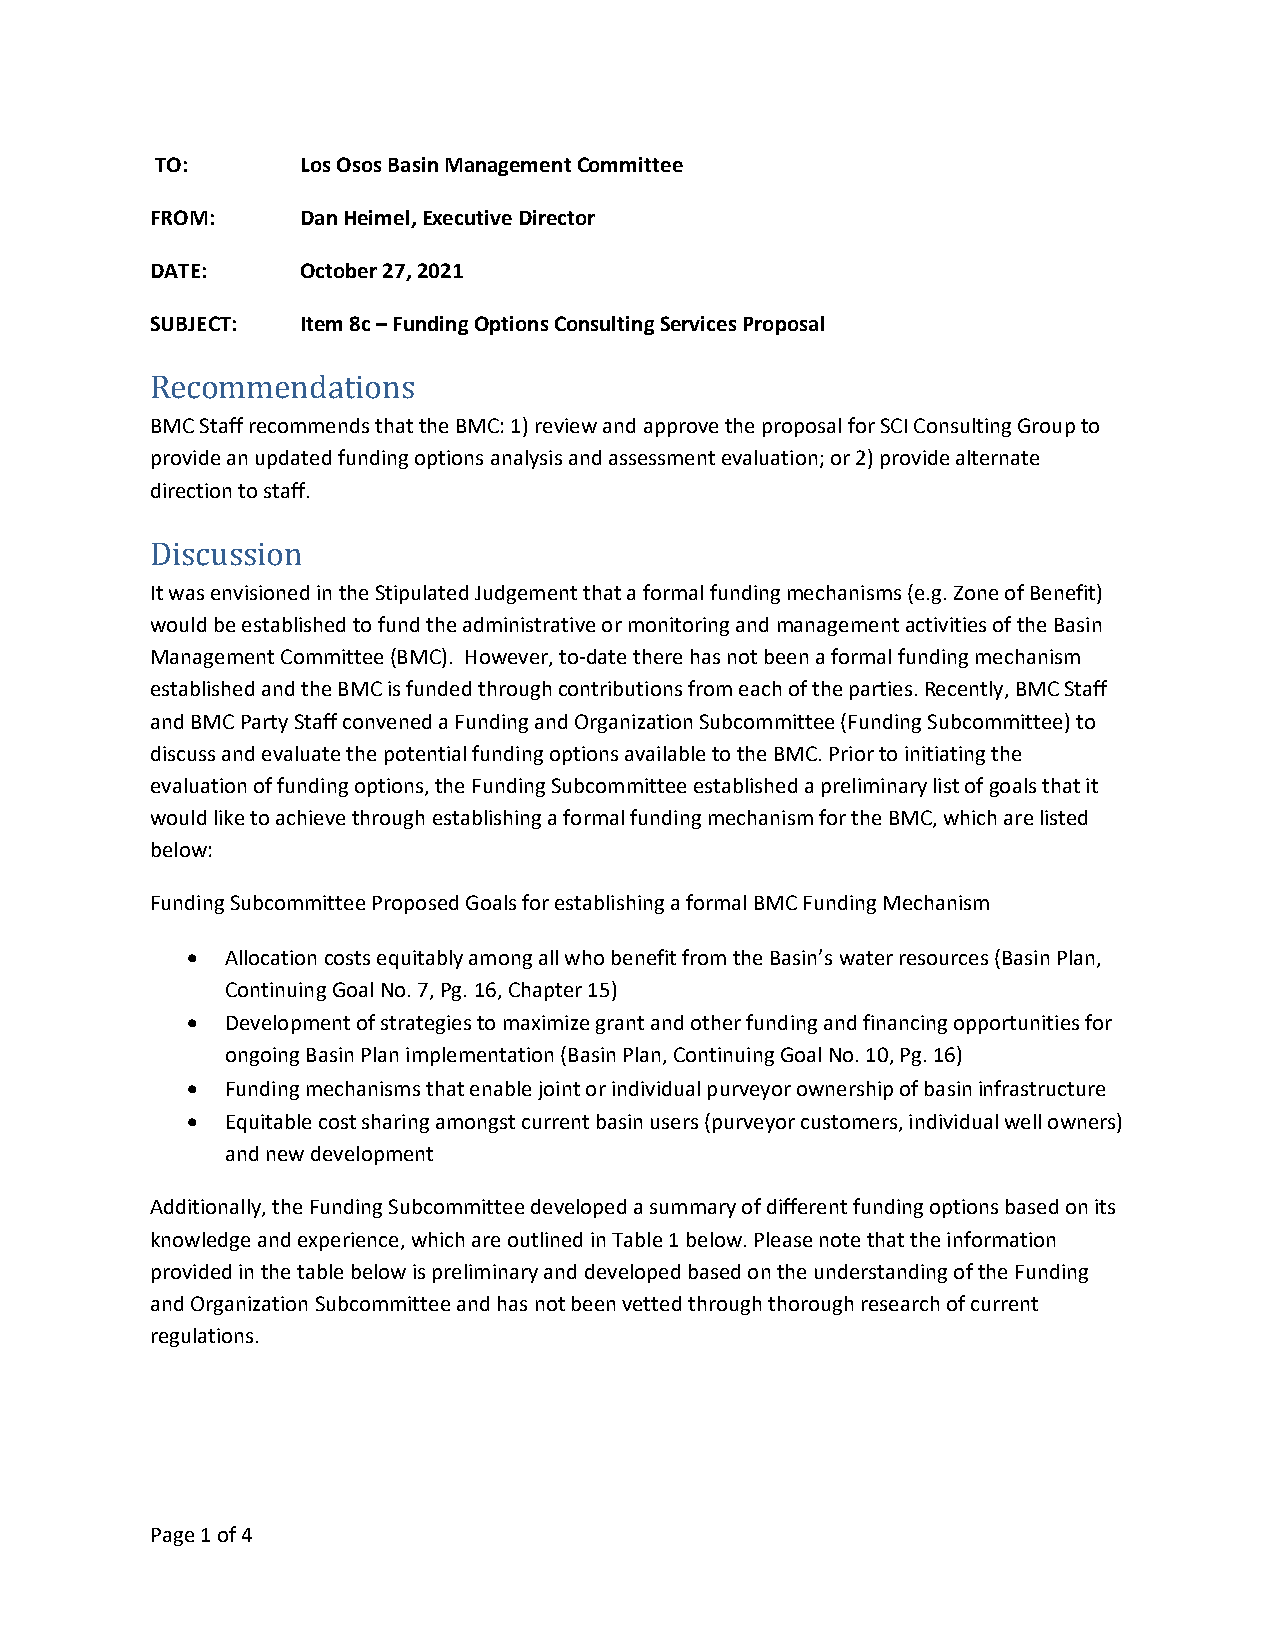
TO:       Los Osos Basin Management Committee
 FROM:     Dan Heimel, Executive Director
 DATE:     October 27, 2021
 SUBJECT:  Item 8c – Funding Options Consulting Services Proposal
 Recommendations
 BMC Staff recommends that the BMC: 1) review and approve the proposal for SCI Consulting Group to
 provide an updated funding options analysis and assessment evaluation; or 2) provide alternate
 direction to staff.
 Discussion
 It was envisioned in the Stipulated Judgement that a formal funding mechanisms (e.g. Zone of Benefit)
 would be established to fund the administrative or monitoring and management activities of the Basin
 Management Committee (BMC). However, to‐date there has not been a formal funding mechanism
 established and the BMC is funded through contributions from each of the parties. Recently, BMC Staff
 and BMC Party Staff convened a Funding and Organization Subcommittee (Funding Subcommittee) to
 discuss and evaluate the potential funding options available to the BMC. Prior to initiating the
 evaluation of funding options, the Funding Subcommittee established a preliminary list of goals that it
 would like to achieve through establishing a formal funding mechanism for the BMC, which are listed
 below:
 Funding Subcommittee Proposed Goals for establishing a formal BMC Funding Mechanism
   Allocation costs equitably among all who benefit from the Basin’s water resources (Basin Plan,
 Continuing Goal No. 7, Pg. 16, Chapter 15)
   Development of strategies to maximize grant and other funding and financing opportunities for
 ongoing Basin Plan implementation (Basin Plan, Continuing Goal No. 10, Pg. 16)
   Funding mechanisms that enable joint or individual purveyor ownership of basin infrastructure
   Equitable cost sharing amongst current basin users (purveyor customers, individual well owners)
 and new development
 Additionally, the Funding Subcommittee developed a summary of different funding options based on its
 knowledge and experience, which are outlined in Table 1 below. Please note that the information
 provided in the table below is preliminary and developed based on the understanding of the Funding
 and Organization Subcommittee and has not been vetted through thorough research of current
 regulations.
 Page 1 of 4